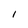
Character: i